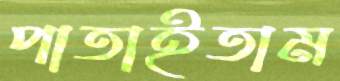
পাতাইতাম